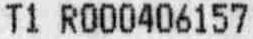
T1 R000406157